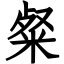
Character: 粲